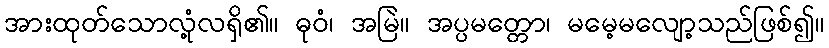
အားထုတ်သောလုံ့လရှိ၏။ ဓုဝံ၊ အမြဲ။ အပ္ပမတ္တော၊ မမေ့မလျော့သည်ဖြစ်၍။